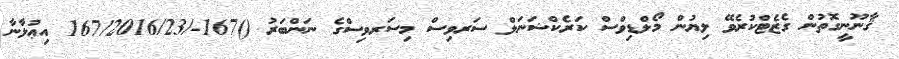
ޤާނޫނީގޮތުން ގެޒެޓްކުރެވޭ ލިޔުން މޯލްޑިވްސް ކަރެކްޝަނަލް ސަރވިސް މިސަރވިސްގެ ނަންބަރު ()167-/167/2016/23 އިޢުލާނާ